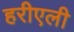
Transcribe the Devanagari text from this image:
हरीएली